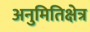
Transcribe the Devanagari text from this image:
अनुमितिक्षेत्र